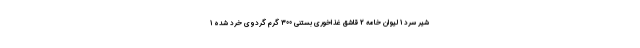
شیر سرد 1 لیوان خامه 2 قاشق غذاخوری بستنی 300 گرم گردوی خرد شده 1